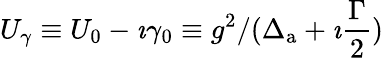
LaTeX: U_{\gamma}\equiv U_{0}-\imath\gamma_{0}\equiv g^{2}/(\Delta_{\mathrm{a}}+\imath\frac{\Gamma}{2})